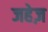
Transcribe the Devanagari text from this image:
जहेज़